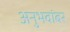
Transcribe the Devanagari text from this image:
अनुभवांबर